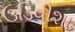
ઉડિવીશા